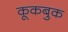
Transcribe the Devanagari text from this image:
कूकबुक